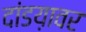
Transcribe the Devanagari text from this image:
दांडय़ावर